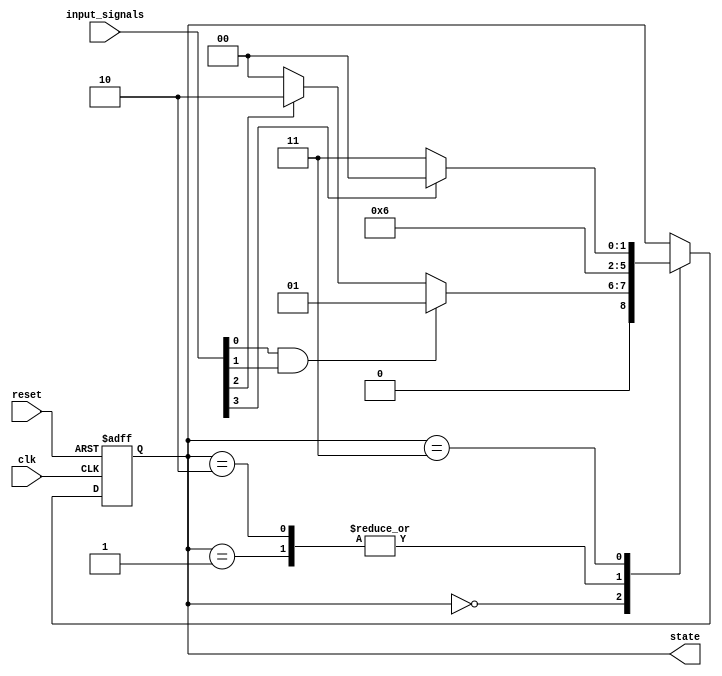
module state_machine (
    input wire clk,
    input wire reset,
    input wire [3:0] input_signals,
    output reg [2:0] state
);

parameter STATE_A = 3'b000;
parameter STATE_B = 3'b001;
parameter STATE_C = 3'b010;
parameter STATE_D = 3'b011;

always @(posedge clk or posedge reset) begin
    if (reset) begin
        state <= STATE_A;
    end else begin
        case (state)
            STATE_A: begin
                if (input_signals[0] && input_signals[1]) begin
                    state <= STATE_B;
                end else if (input_signals[2]) begin
                    state <= STATE_C;
                end else begin
                    state <= STATE_A;
                end
            end
            STATE_B: begin
                state <= STATE_D;
            end
            STATE_C: begin
                state <= STATE_D;
            end
            STATE_D: begin
                if (input_signals[3]) begin
                    state <= STATE_A;
                end else begin
                    state <= STATE_D;
                end
            end
        endcase
    end
end

endmodule